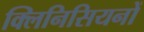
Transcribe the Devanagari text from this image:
क्लिनिसियनों